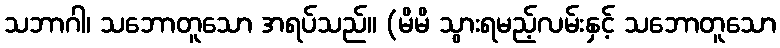
သဘာဂါ၊ သဘောတူသော အရပ်သည်။ (မိမိ သွားရမည့်လမ်းနှင့် သဘောတူသော